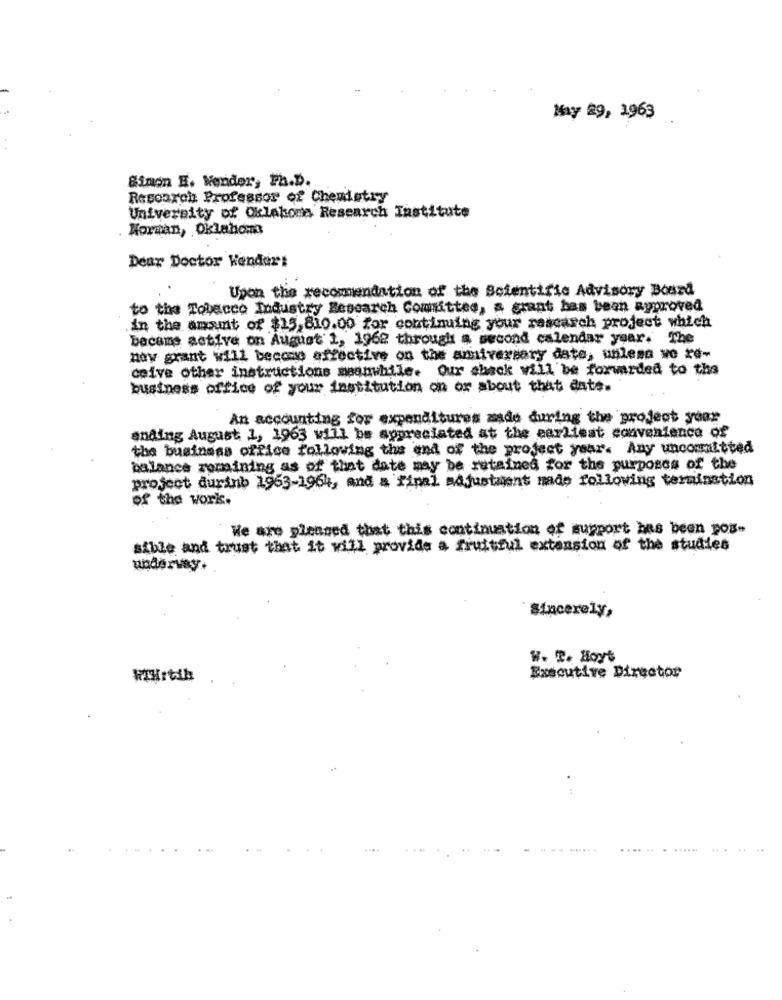
May 29, 1963
Simon H. Wender, Ph.D.
Resoarch Professor of Chemistry
University of Oklahoma Research Institute
Morgan, Oklahoma
Dear Doctor Kender:
Upon the recommendation of the Boientific Advisory Board
to the Tobacco Industry Research Committee, a grant has been ayproved
in the amount of $15,810.00 for continuing your research project which
became active on August 1, 1962 through a second calendar year. The
ney grant will becomo effective on the anniversary date, unless wo re-
ceive other instructions meanwhile. Our shack will be forwarded to the
business office of your institution on or about that date.
An accounting for expenditures sade during the project year
anding August 1, 1963 will be appreciated at the earliest convenience of
the business office following the end of the project year. Any uncommitted
balance remaining as of that date may be retained for the purposes of the
project durinb 1953-1964, and a final adjustment nade following termination
of the work.
We are pleased that this continuation of support has been pos-
sible and trust that it will provide a fruitful extension of the studies
underway.
Sincerely,
W. B. Hoyt
Executive Director